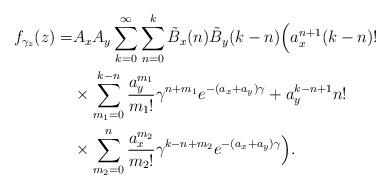
LaTeX: \begin{align*}f_{\gamma_z}(z)=&A_xA_y\sum^\infty_{k=0}\sum^k_{n=0}\tilde{B}_x(n)\tilde{B}_y(k-n)\Big(a^{n+1}_x(k-n)!\\&\times \sum^{k-n}_{m_1=0}\frac{a^{m_1}_{y}}{m_1!}\gamma^{n+m_1}e^{-(a_x+a_y)\gamma}+a^{k-n+1}_y n!\\&\times \sum^n_{m_2=0} \frac{a^{m_2}_x}{m_2!}\gamma^{k-n+m_2}e^{-(a_x+a_y)\gamma}\Big).\end{align*}